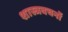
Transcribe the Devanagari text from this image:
शास्त्रवचनों